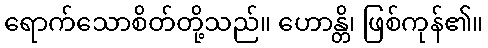
ရောက်သောစိတ်တို့သည်။ ဟောန္တိ၊ ဖြစ်ကုန်၏။